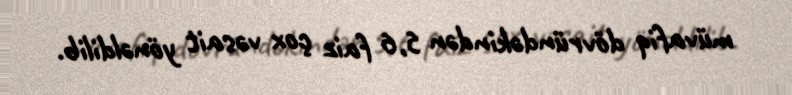
müvafiq dövründəkindən 5,6 faiz çox vəsait yönəldilib.